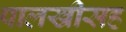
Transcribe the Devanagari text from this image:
पालखीसह